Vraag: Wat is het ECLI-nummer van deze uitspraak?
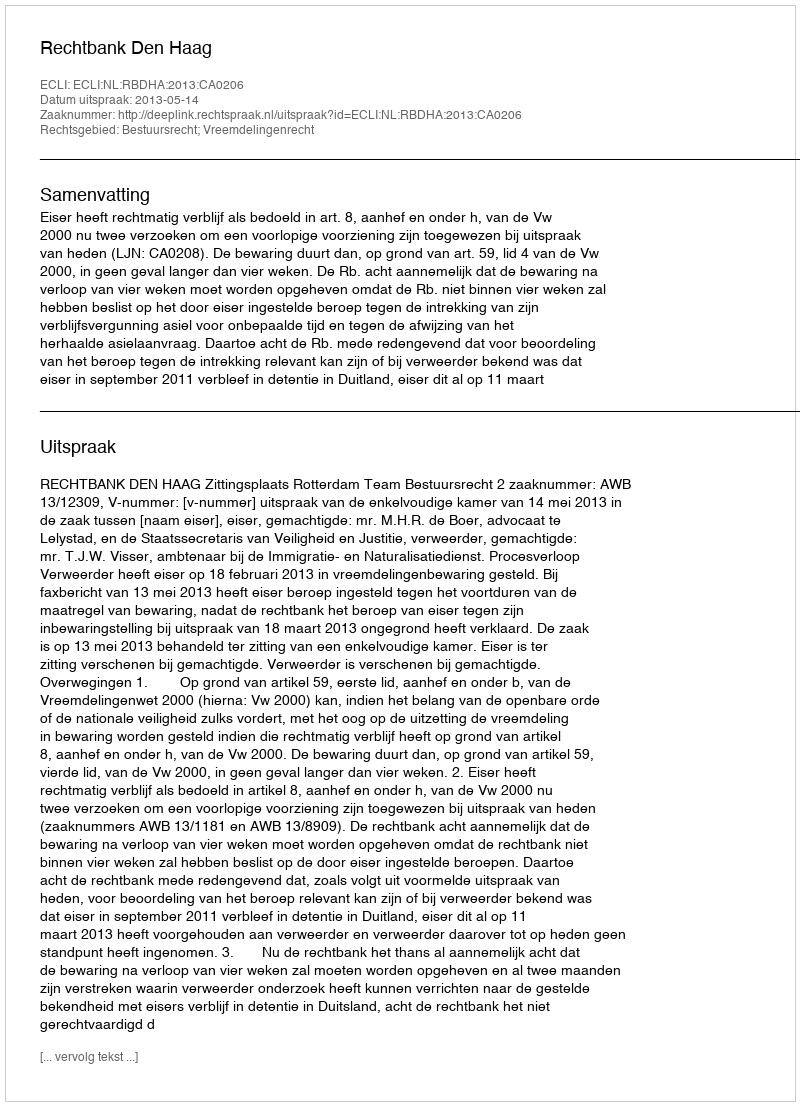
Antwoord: ECLI:NL:RBDHA:2013:CA0206